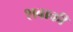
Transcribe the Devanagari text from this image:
शबाकी